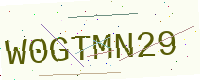
Text: W0GTMN29